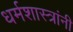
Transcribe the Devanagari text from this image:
धर्मशास्त्रांनी